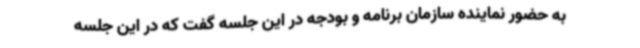
به حضور نماینده سازمان برنامه و بودجه در این جلسه گفت که در این جلسه